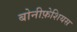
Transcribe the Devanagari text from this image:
बोनीफ़ेशियस